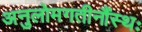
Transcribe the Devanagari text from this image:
अनुलोमगतीनौंस्थः